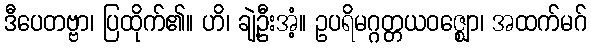
ဒီပေတဗ္ဗာ၊ ပြထိုက်၏။ ဟိ၊ ချဲ့ဦးအံ့။ ဥပရိမဂ္ဂတ္တယဝဇ္ဈော၊ အထက်မဂ်